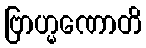
ဗြာဟ္မဏောတိ